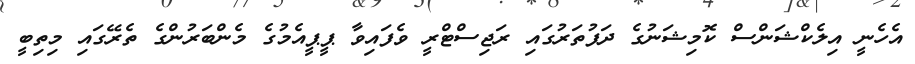
އެހެނީ އިލެކްޝަންސް ކޮމިޝަނުގެ ދަފުތަރުގައި ރަޖިސްޓްރީ ވެފައިވާ ޕީޕީއެމުގެ މެންބަރުންގެ ތެރޭގައި މިތިބީ